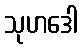
သုဟဒေါ